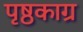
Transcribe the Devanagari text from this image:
पृष्ठकाग्र